Report on sanitation, dispensaries, and jails in Rajputana for 1913, and on vaccination for the year 1913-1914 - 1913-1914
Year: 1913
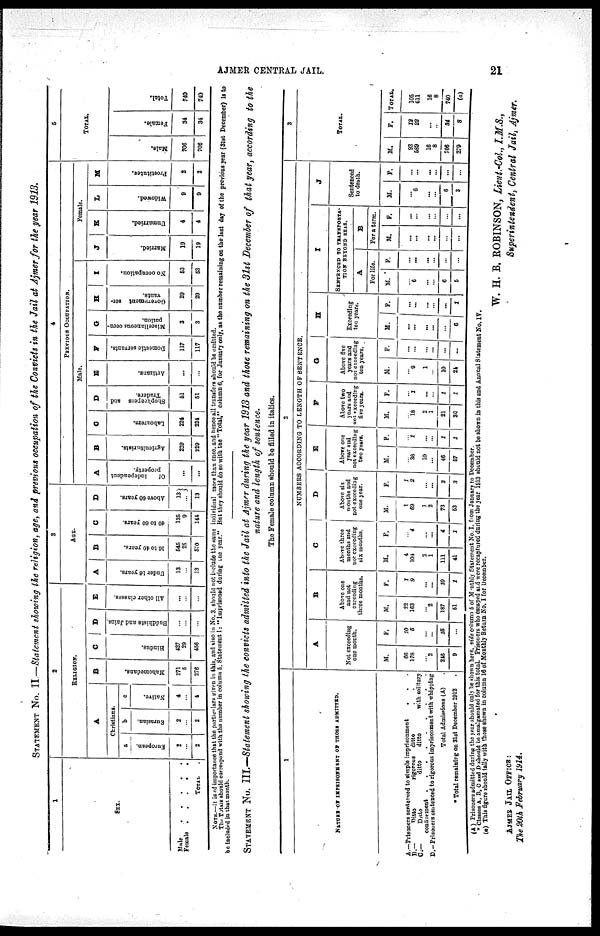
AJMER CENTRAL JAIL.
21
STATEMENT No. II—Statement showing the religion, age, and previous occupation of the Convicts in the Jail at Ajmer for the year 1913.
1
SEX.
Male
.
.
.
.
.
Female . . . . .
TOTAL .
2
RELIGION.
A
Christians.
a
European.
2
...
2
b
Eurasian.
2
...
2
c
Native.
4
...
4
B
Mahomedans.
271
5
276
C
Hindus.
427
29
456
D
Buddhists and Jains.
...
...
...
E
All other classes.
...
...
...
3
AGE.
A
Under 16 years.
13
...
13
B
16 to 40 years.
545
25
570
C
40 to 60 years.
135
9
144
D
Above 60 years.
13
...
13
4
PREVIOUS OCCUPATION.
Male.
A
Of
independent
property.
...
...
B
Agriculturists.
229
229
C
Labourers.
224
224
D
Shopkeepers
and
Traders.
51
51
E
Artizans.
...
...
F
Domestic servants.
117
117
G
Miscellaneous occu-
pation.
3
3
H
Government ser-
vants.
29
29
I
No occupation.
53
63
Female.
J
Married.
19
19
K
Unmarried.
4
4
L
Widowed.
9
9
M
Prostitutes.
2
2
5
TOTAL.
Male.
706
706
Female.
34
34
Total.
740
740
NOTE.—It is of importance that the perticulars given in this, and also in No. 3, should not include the same individual more than once, and hence all transfers should be omitted.
The Total should correspond with the number in column 5,Stetement I :"Imprisoned during the year." But they should do so with the " Total," column 0. for January only, as the number remaining on the last day of the previous year (31st December) is to
be included in that month.
STATEMENT No. III.—Statement showing the convicts admitted into the Jail at Ajmer during the year 1913 and those remaining on the 31st December of that year, according to the
nature and length of sentence.
The Female column should be filled in italics.
1
NATURE OF IMPRISONMENT OF THOSE ADMITTED.
A.—Prisoners sentenced to simple imprisonment . . .
B.—
Ditto
rigorous
ditto . . .
C.—Ditto ditto ditto with solitary
continement . . . . . . . . .
D.—Prisoners sentenced to rigorous imprisonment with whipping
Total Admissions (A) .
* Total remaining on 31st December 1912 .
2
NUMBERS ACCORDING TO LENGTH OF SENTENCE.
A
Not exceeding
one month.
M.
66
178
...
2
246
9
F.
10
5
...
...
15
...
B
Above one
and not
exceeding
three months.
M.
22
163
...
2
187
51
F.
1
9
...
...
10
1
C
Above three
months and
not exceeding
six months.
M.
4
104
2
1
111
41
F.
...
4
...
...
4
1
D
Above six
months and
not exceeding
one year.
M.
1
69
1
2
73
63
F.
1
2
...
...
3
3
E
Above one
year and
not exceeding
two years.
M.
...
36
10
...
46
57
F.
...
1
...
...
1
1
F
Above two
years and
not exceeding
five years.
M.
...
18
2
1
21
30
F.
...
1
...
...
1
1
G
Above five
years and
not exceeding
ten years.
M.
...
9
1
...
10
24
F.
...
...
...
...
...
...
H
Exceeding
ten yean.
M.
...
...
...
...
...
6
F.
...
...
...
...
...
1
I
SENTENCED TO TRANSPORTA¬
TION BEYOND SEAS.
A
For life.
M.
...
6
...
...
6
5
F.
...
...
...
...
...
...
B
For a term.
M.
...
...
...
...
...
...
F.
...
...
...
...
...
...
J
Sentenced
to death.
M.
...
6
...
...
6
3
F.
...
...
...
...
...
...
3
TOTAL.
M.
93
589
16
8
706
279
F.
12
22
...
...
34
8
TOTAL.
105
611
16
8
740
(a)
(A) Prisoners admitted during the year should only be shown here, vide column 5 of Monthly Statement No. I. from January to December.
* Classes A, B, C and D should be amalgamated for this total. Prisoners who escaped and were recaptured during the year 1913 should not be shown in this and Annual Statement No IV.
(a) This figure should tally with those shown in column 16 of Monthly Return No. I for December.
W. H. B. ROBINSON, Lieut.-Col., I.M.S.,
Superintendent, Central Jail, Ajmer.
AJMER JAIL OFFICE:
The 20th February 1914.